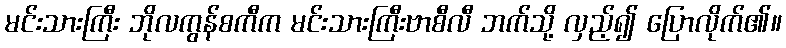
မင်းသားကြီး ဘိုလကွန်စကီက မင်းသားကြီးဗာစီလီ ဘက်သို့ လှည့်၍ ပြောလိုက်၏။